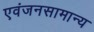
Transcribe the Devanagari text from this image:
एवंजनसामान्य